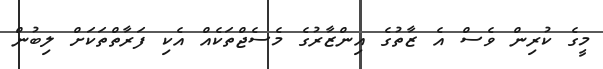
މީގެ ކުރިން ވެސް އެ ޒާތުގެ އިންޒާރުގެ މެސެޖްތަކެއް އެކި ފަރާތްތަކަށް ލިބުން